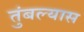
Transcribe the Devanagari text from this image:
तुंबल्यास